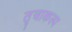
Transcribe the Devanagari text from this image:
तृचाकल्प